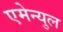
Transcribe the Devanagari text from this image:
एमेन्युल